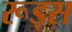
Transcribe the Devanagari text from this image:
रूड्स